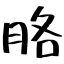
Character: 胳